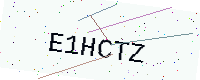
Text: E1HCTZ